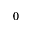
0